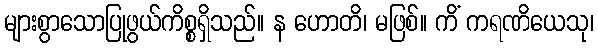
များစွာသောပြုဖွယ်ကိစ္စရှိသည်။ န ဟောတိ၊ မဖြစ်။ ကိံ ကရဏိယေသု၊